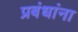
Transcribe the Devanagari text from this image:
प्रबंधांना